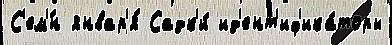
С'ем'́н январ'я́ Садк'и́ ид'ент'иф'ика́торы